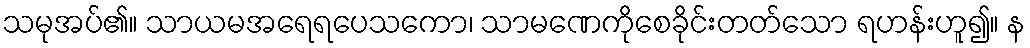
သမုအပ်၏။ သာယမအရေရပေသကော၊ သာမဏေကိုစေခိုင်းတတ်သော ရဟန်းဟူ၍။ န